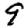
Digit: 9